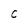
Character: C